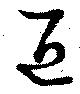
匠